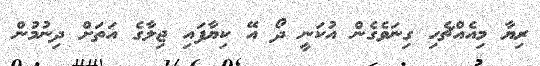
ރިޔާ މިއެއްޗެހި ގިނަވެގެން އުކަނީ ދޯ އޭ ކިޔާފައި ޖިލާގެ އަތަށް ދިނުމުން